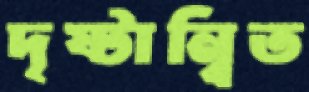
দৃষ্টান্বিত